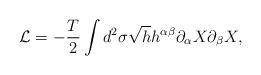
LaTeX: \begin{align*}{\cal L} = - \frac {T}{2} \int d^2 \sigma \sqrt{h} h^{\alpha\beta} \partial_{\alpha} X \partial_{\beta} X,\end{align*}